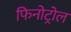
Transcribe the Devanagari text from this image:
फिनोट्रोल